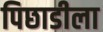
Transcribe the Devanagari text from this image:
पिछाडीला